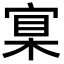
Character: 𡩈